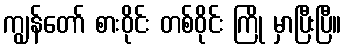
ကျွန်တော် စားဝိုင်း တစ်ဝိုင်း ကြို မှာပြီးပြီ။